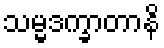
သမ္မဒက္ခာတာနိ